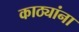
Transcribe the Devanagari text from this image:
काठ्यांना